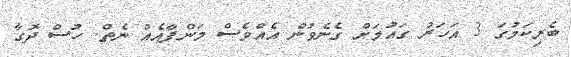
ބެރިކަމުގަ 3 އަހަރު ގައުމަށް ގެނެވުން އެއްވެސް މަންފާއެއް ނެތް. ހުސް ދޮގާ